Indian journal of veterinary science and animal husbandry - Volume 3,
Year: 1933
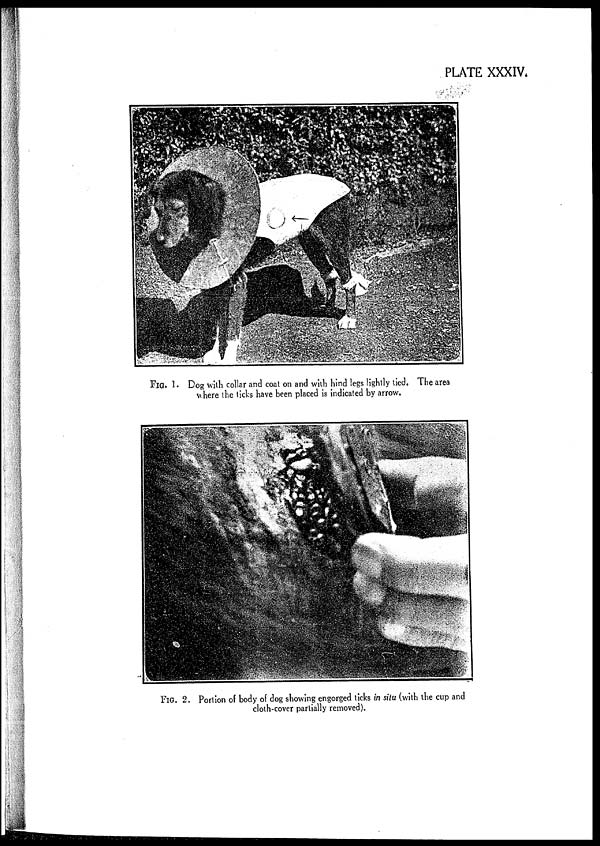
PLATE XXXIV.
FIG. 1. Dog with collar and coat on and with hind legs lightly tied. The area
where the ticks have been placed is indicated by arrow.
FIG. 2. Portion of body of dog showing engorged ticks in situ (with the cup and
cloth-cover partially removed).